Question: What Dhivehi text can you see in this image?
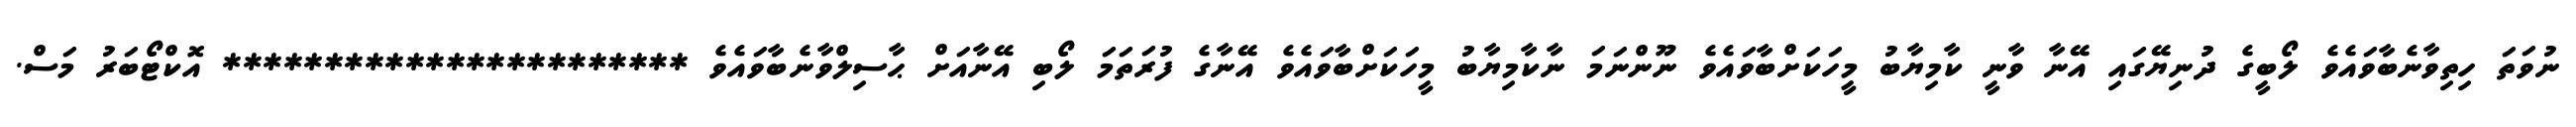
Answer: ނުވަތަ ހިތިވާނެބާވައެވެ ލޯބީގެ ދުނިޔޭގައި އޭނާ ވާނީ ކާމިޔާބު މީހަކަށްބާވައެވެ ނޫންނަމަ ނާކާމިޔާބު މީހަކަށްބާވައެވެ އޭނާގެ ފުރަތަމަ ލޯބި އޭނާއަށް ޙާސިލްވާނެބާވައެވެ *********************** އޮކްޓޯބަރު މަސް.